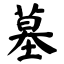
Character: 墓